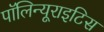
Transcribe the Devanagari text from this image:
पॉलिन्यूराइटिस